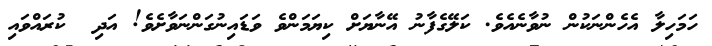
ހަމަހިލާ އެހެންނަކުން ނުވާނެއެވެ. ކަލޭގެފާނު އޭނާޔަށް ކިޔަމަންވެ ވަޑައިނުގަންނަވާށެވެ! އަދި  ކުރައްވައި